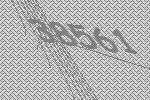
38561